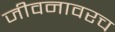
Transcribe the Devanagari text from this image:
जीवनावरच